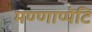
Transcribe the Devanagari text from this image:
मण्णाप्पेटि